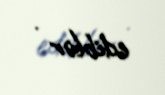
ediblər .